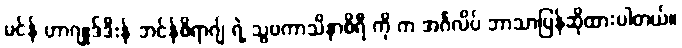
မင်န် ဟာဂျုဒ်ဒီးန် ဘင်န်စိရာဂျ် ရဲ့ သွဗကာသိနာစိရီ ကို က အင်္ဂလိပ် ဘာသာပြန်ဆိုထားပါတယ်။